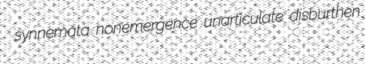
synnemata nonemergence unarticulate disburthen